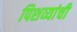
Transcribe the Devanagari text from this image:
पिशव्यांची